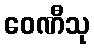
ဝေဏီသု